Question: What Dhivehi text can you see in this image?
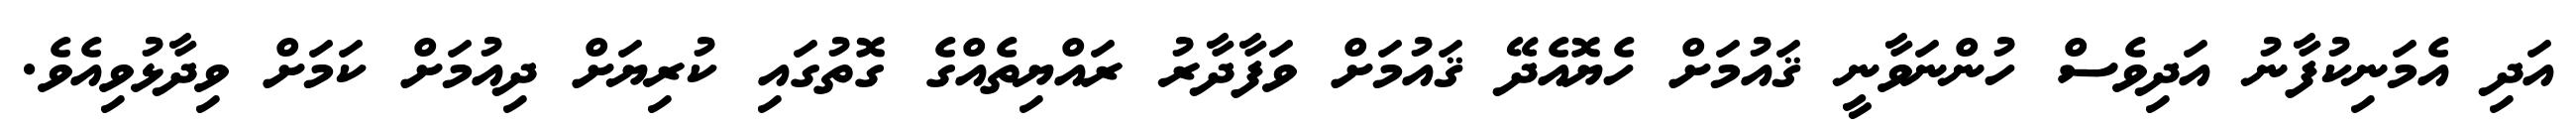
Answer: އަދި އެމަނިކުފާނު އަދިވެސް ހުންނަވާނީ ޤައުމަށް ހެޔޮއެދޭ ޤައުމަށް ވަފާދާރު ރައްޔިތެއްގެ ގޮތުގައި ކުރިޔަށް ދިއުމަށް ކަމަށް ވިދާޅުވިއެވެ.